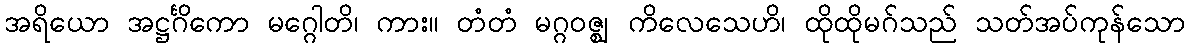
အရိယော အဋ္ဌင်္ဂိကော မဂ္ဂေါတိ၊ ကား။ တံတံ မဂ္ဂဝဇ္ဈ ကိလေသေဟိ၊ ထိုထိုမဂ်သည် သတ်အပ်ကုန်သော